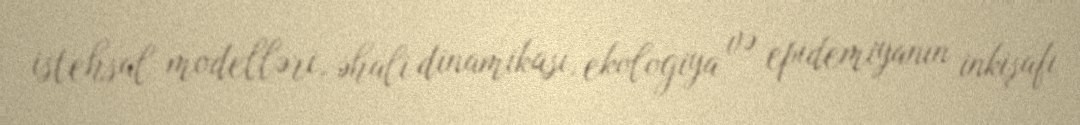
istehsal modelləri, əhali dinamikası, ekologiya və epidemiyanın inkişafı